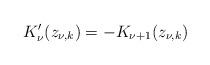
LaTeX: \begin{align*}K_\nu'(z_{\nu,k})=-K_{\nu+1}(z_{\nu,k})\end{align*}